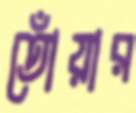
তোঁয়ার